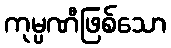
ကုမ္ပဏီဖြစ်သော